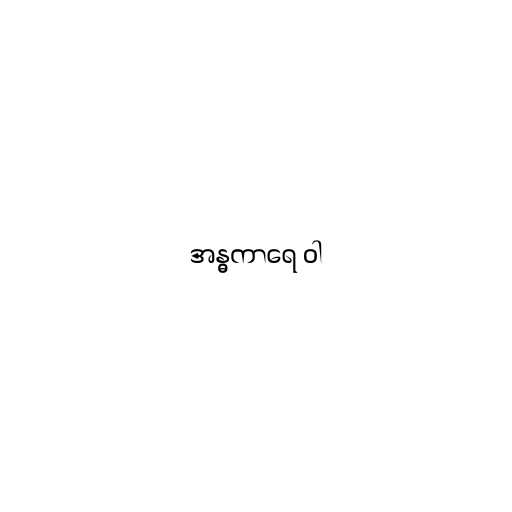
အန္ဓကာရေ ဝါ